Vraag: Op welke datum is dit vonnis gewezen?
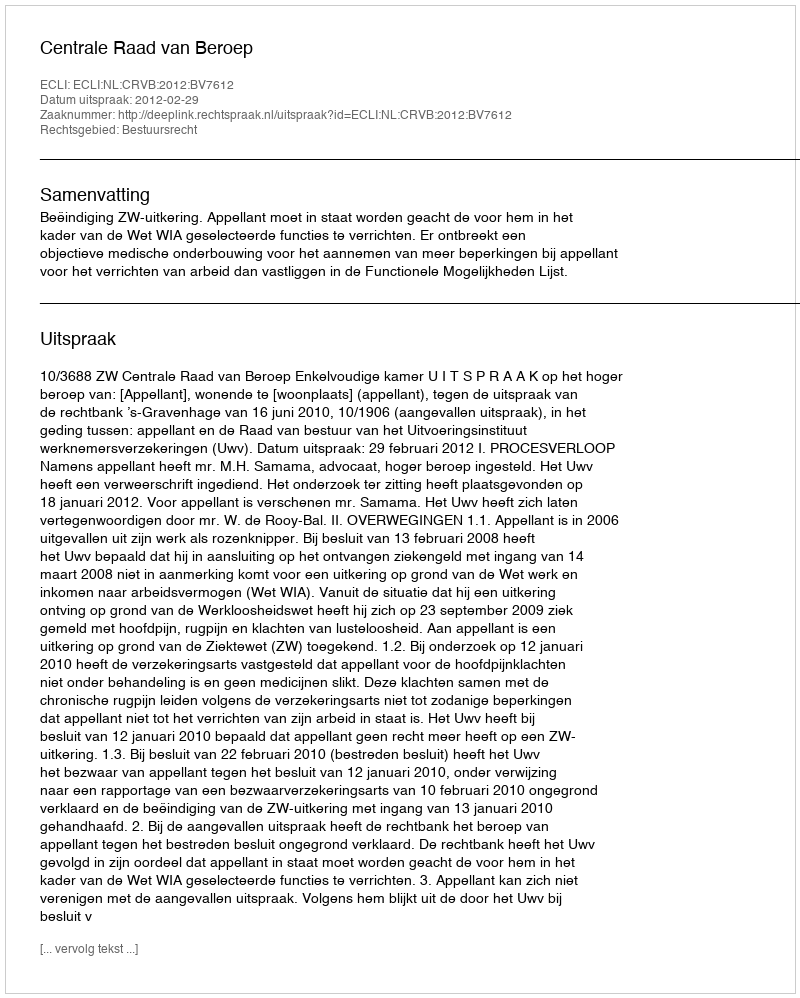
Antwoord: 2012-02-29